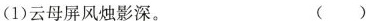
(1)云母屏风烛影深。 ( )